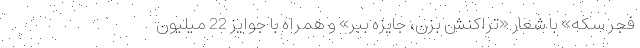
فجر سکه» با شعار «تراکنش بزن، جایزه ببر» و همراه با جوایز 22 میلیون